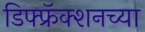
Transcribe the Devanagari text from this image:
डिफ्फ्रॅक्शनच्या